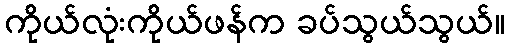
ကိုယ်လုံးကိုယ်ဖန်က ခပ်သွယ်သွယ်။